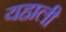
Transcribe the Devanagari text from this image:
यहाली